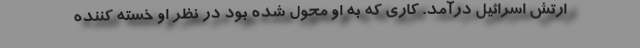
ارتش اسرائیل درآمد. کاری که به او محوّل شده بود در نظر او خسته کننده